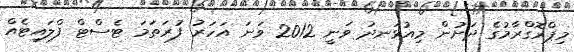
މިޕްރޮގްރާމުގެ ދަށުން މިއުޅަނދު ވަނީ 2012 ވަނަ އަހަރު ފުރަތަމަ ޓެސްޓް ފްލައިޓެއް